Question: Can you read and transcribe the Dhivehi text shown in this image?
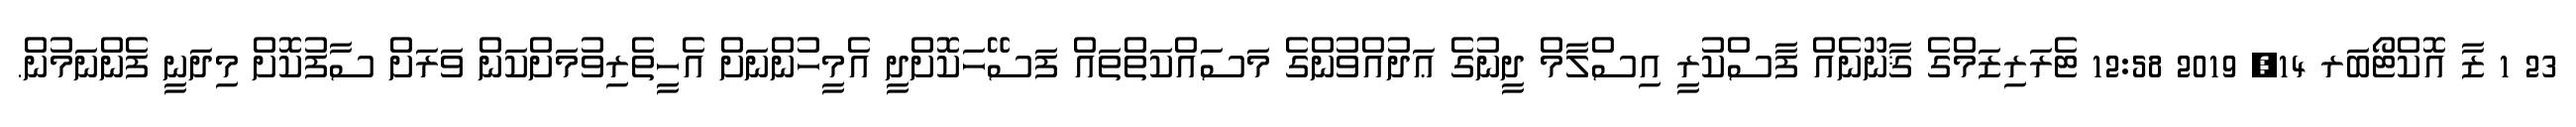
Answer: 23 1 ޒާ އޮކްޓޯބަރ 14, 2019 12:58 ޓެރަރިޒަމްގެ ޤާނޫނެއް ފާސްކުރީ އިސްލާމް ދީނުގެ ޢަދުއްވުންގެ މަސައްކަތްތައް ފަސޭހަކޮށްދީ އެމީހުންނަށް އެހީތެރިވުމަށްކަން ވަރަށް ސާފުކޮށް މިދަނީ ފެންނަމުން.